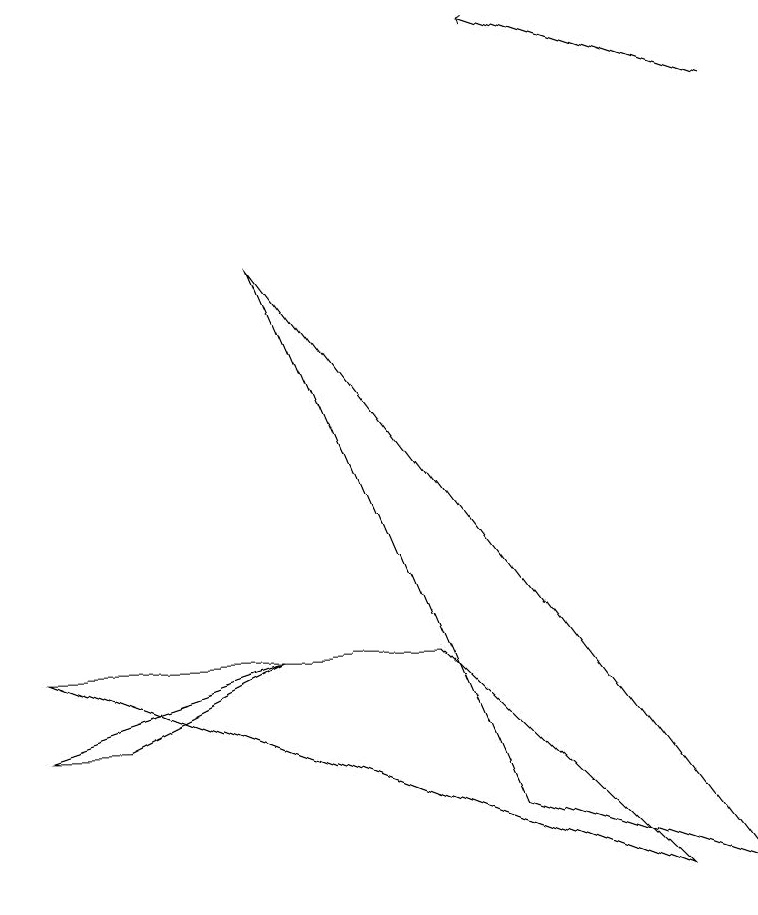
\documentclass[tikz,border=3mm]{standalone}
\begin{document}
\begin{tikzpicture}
\draw[->] (9,11) -- (6,12);
\draw (3,4) -- (0,3) -- (1,3) -- cycle;
\draw (3,9) -- (9,1) -- (6,2) -- cycle;
\draw (5,4) -- (8,1) -- (0,4) -- cycle;
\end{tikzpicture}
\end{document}